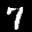
Label: 7